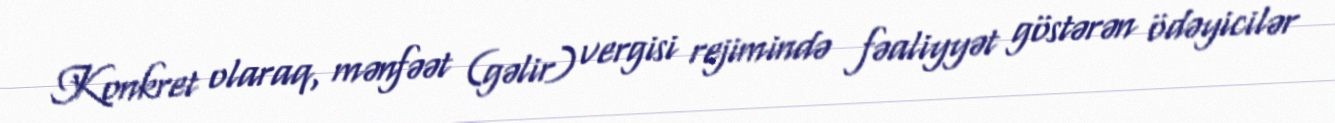
Konkret olaraq, mənfəət (gəlir) vergisi rejimində fəaliyyət göstərən ödəyicilər